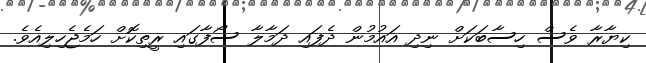
ކިޔާރާ ވެސް ހިސާބަކަށް ނިދި އައުމުން ދެފައި ދަމާލާ ސޯފާގައި ރީތިކޮށް ހަމެޖެހިލިއެވެ.